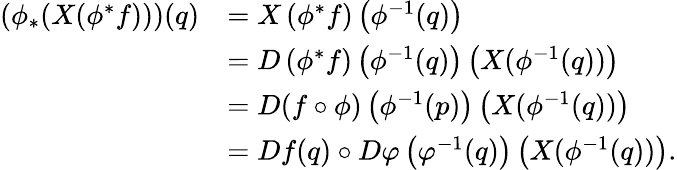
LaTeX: \begin{array}{rl}{\left(\phi_{*}(X(\phi^{*}f))\right)(q)}&{=X\left(\phi^{*}f\right)\left(\phi^{-1}(q)\right)}\\ &{=D\left(\phi^{*}f\right)\left(\phi^{-1}(q)\right)\left(X(\phi^{-1}(q))\right)}\\ &{=D(f\circ\phi)\left(\phi^{-1}(p)\right)\left(X(\phi^{-1}(q))\right)}\\ &{=Df(q)\circ D\varphi\left(\varphi^{-1}(q)\right)\left(X(\phi^{-1}(q))\right).}\end{array}